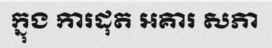
ក្នុង ការដុត អគារ សភា